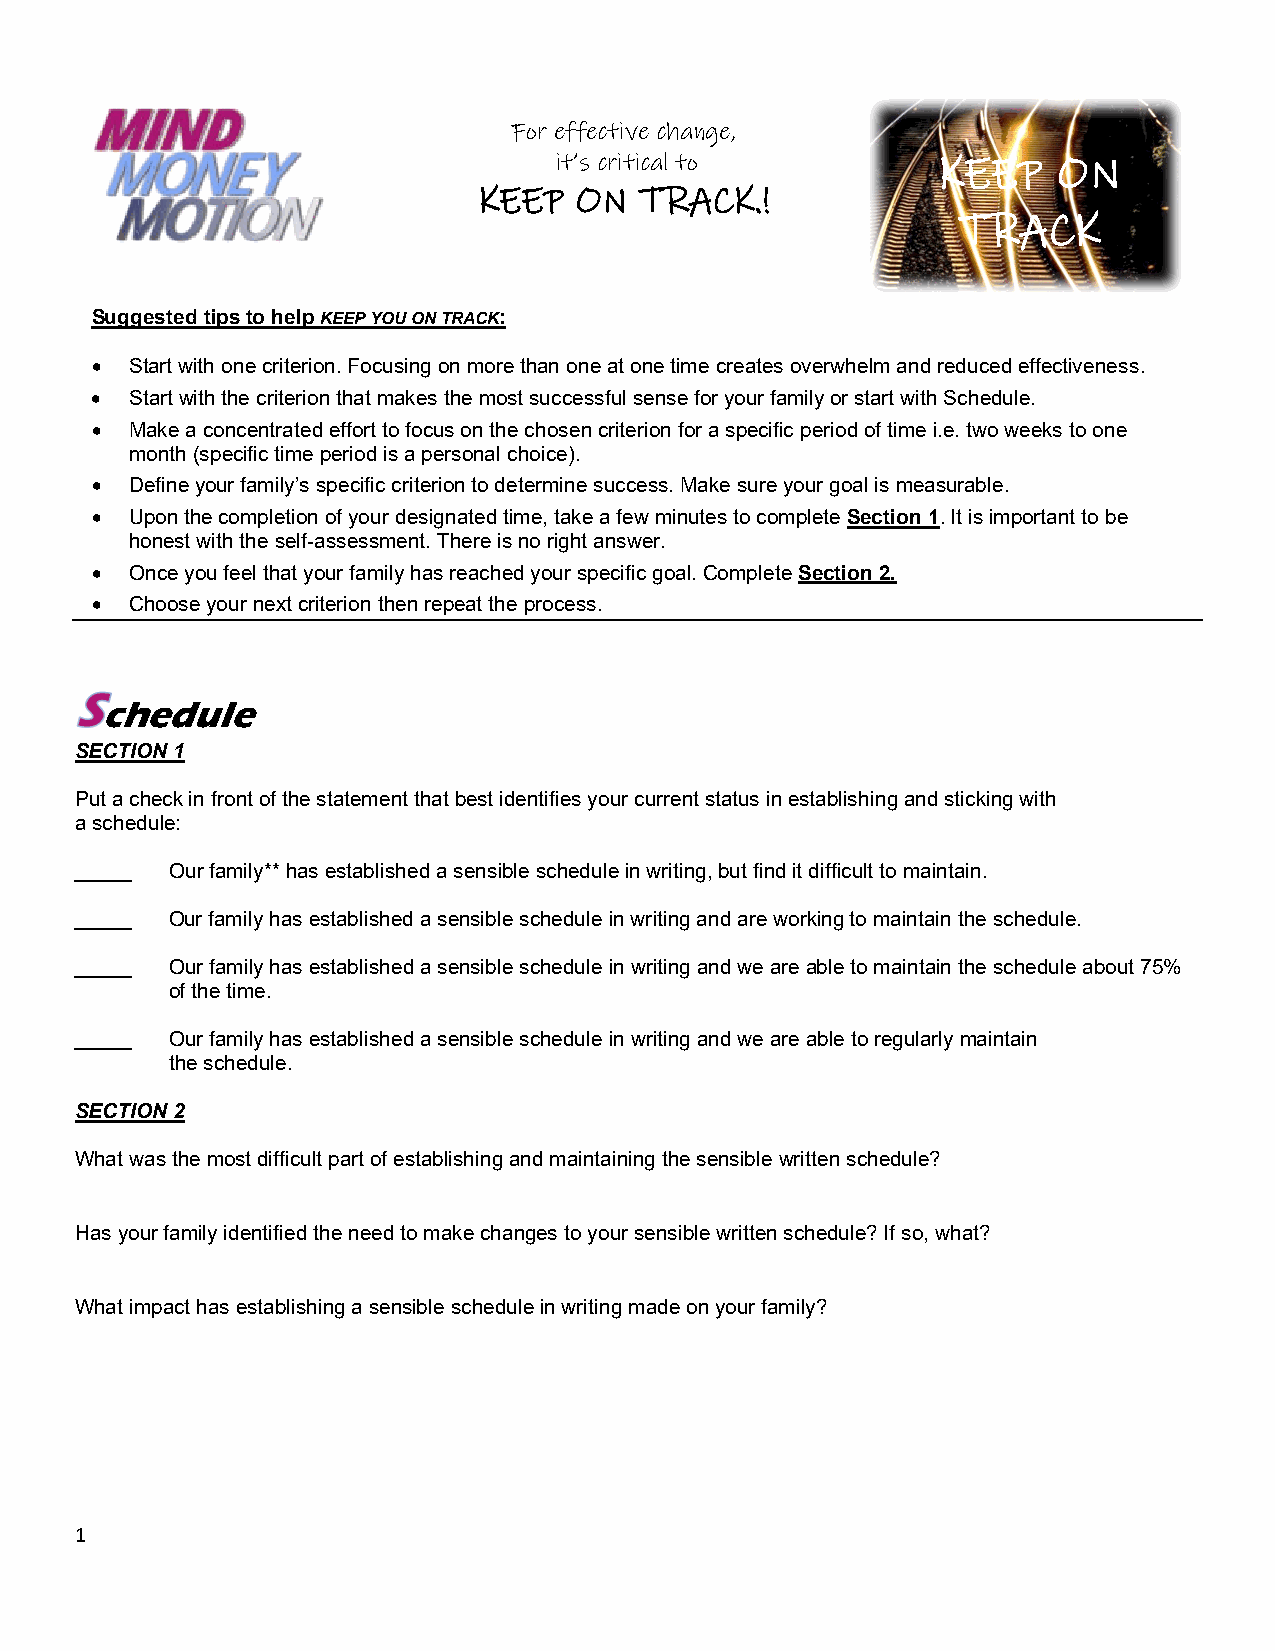
For effective change,
 it’s critical to         KEEP    ON
 KEEP  ON  TRACK.!
 TRACK
 Suggested tips to help KEEP YOU ON TRACK:
 •  Start with one criterion. Focusing on more than one at one time creates overwhelm and reduced effectiveness.
 •  Start with the criterion that makes the most successful sense for your family or start with Schedule.
 •  Make a concentrated effort to focus on the chosen criterion for a specific period of time i.e. two weeks to one
 month (specific time period is a personal choice).
 •  Define your family’s specific criterion to determine success. Make sure your goal is measurable.
 •  Upon the completion of your designated time, take a few minutes to complete Section 1. It is important to be
 honest with the self-assessment. There is no right answer.
 •  Once you feel that your family has reached your specific goal. Complete Section 2.
 •  Choose your next criterion then repeat the process.
 chedule
 SECTION 1
 Put a check in front of the statement that best identifies your current status in establishing and sticking with
 a schedule:
 _____ Our family** has established a sensible schedule in writing, but find it difficult to maintain.
 _____ Our family has established a sensible schedule in writing and are working to maintain the schedule.
 _____ Our family has established a sensible schedule in writing and we are able to maintain the schedule about 75%
 of the time.
 _____ Our family has established a sensible schedule in writing and we are able to regularly maintain
 the schedule.
 SECTION 2
 What was the most difficult part of establishing and maintaining the sensible written schedule?
 Has your family identified the need to make changes to your sensible written schedule? If so, what?
 What impact has establishing a sensible schedule in writing made on your family?
 1